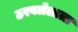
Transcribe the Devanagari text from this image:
ठरवलेलाला